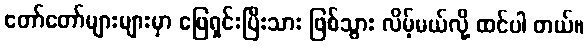
တော်တော်များများမှာ ဖြေရှင်းပြီးသား ဖြစ်သွား လိမ့်မယ်လို့ ထင်ပါ တယ်။